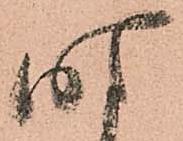
時